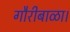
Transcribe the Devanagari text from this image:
गौरीबाळा।